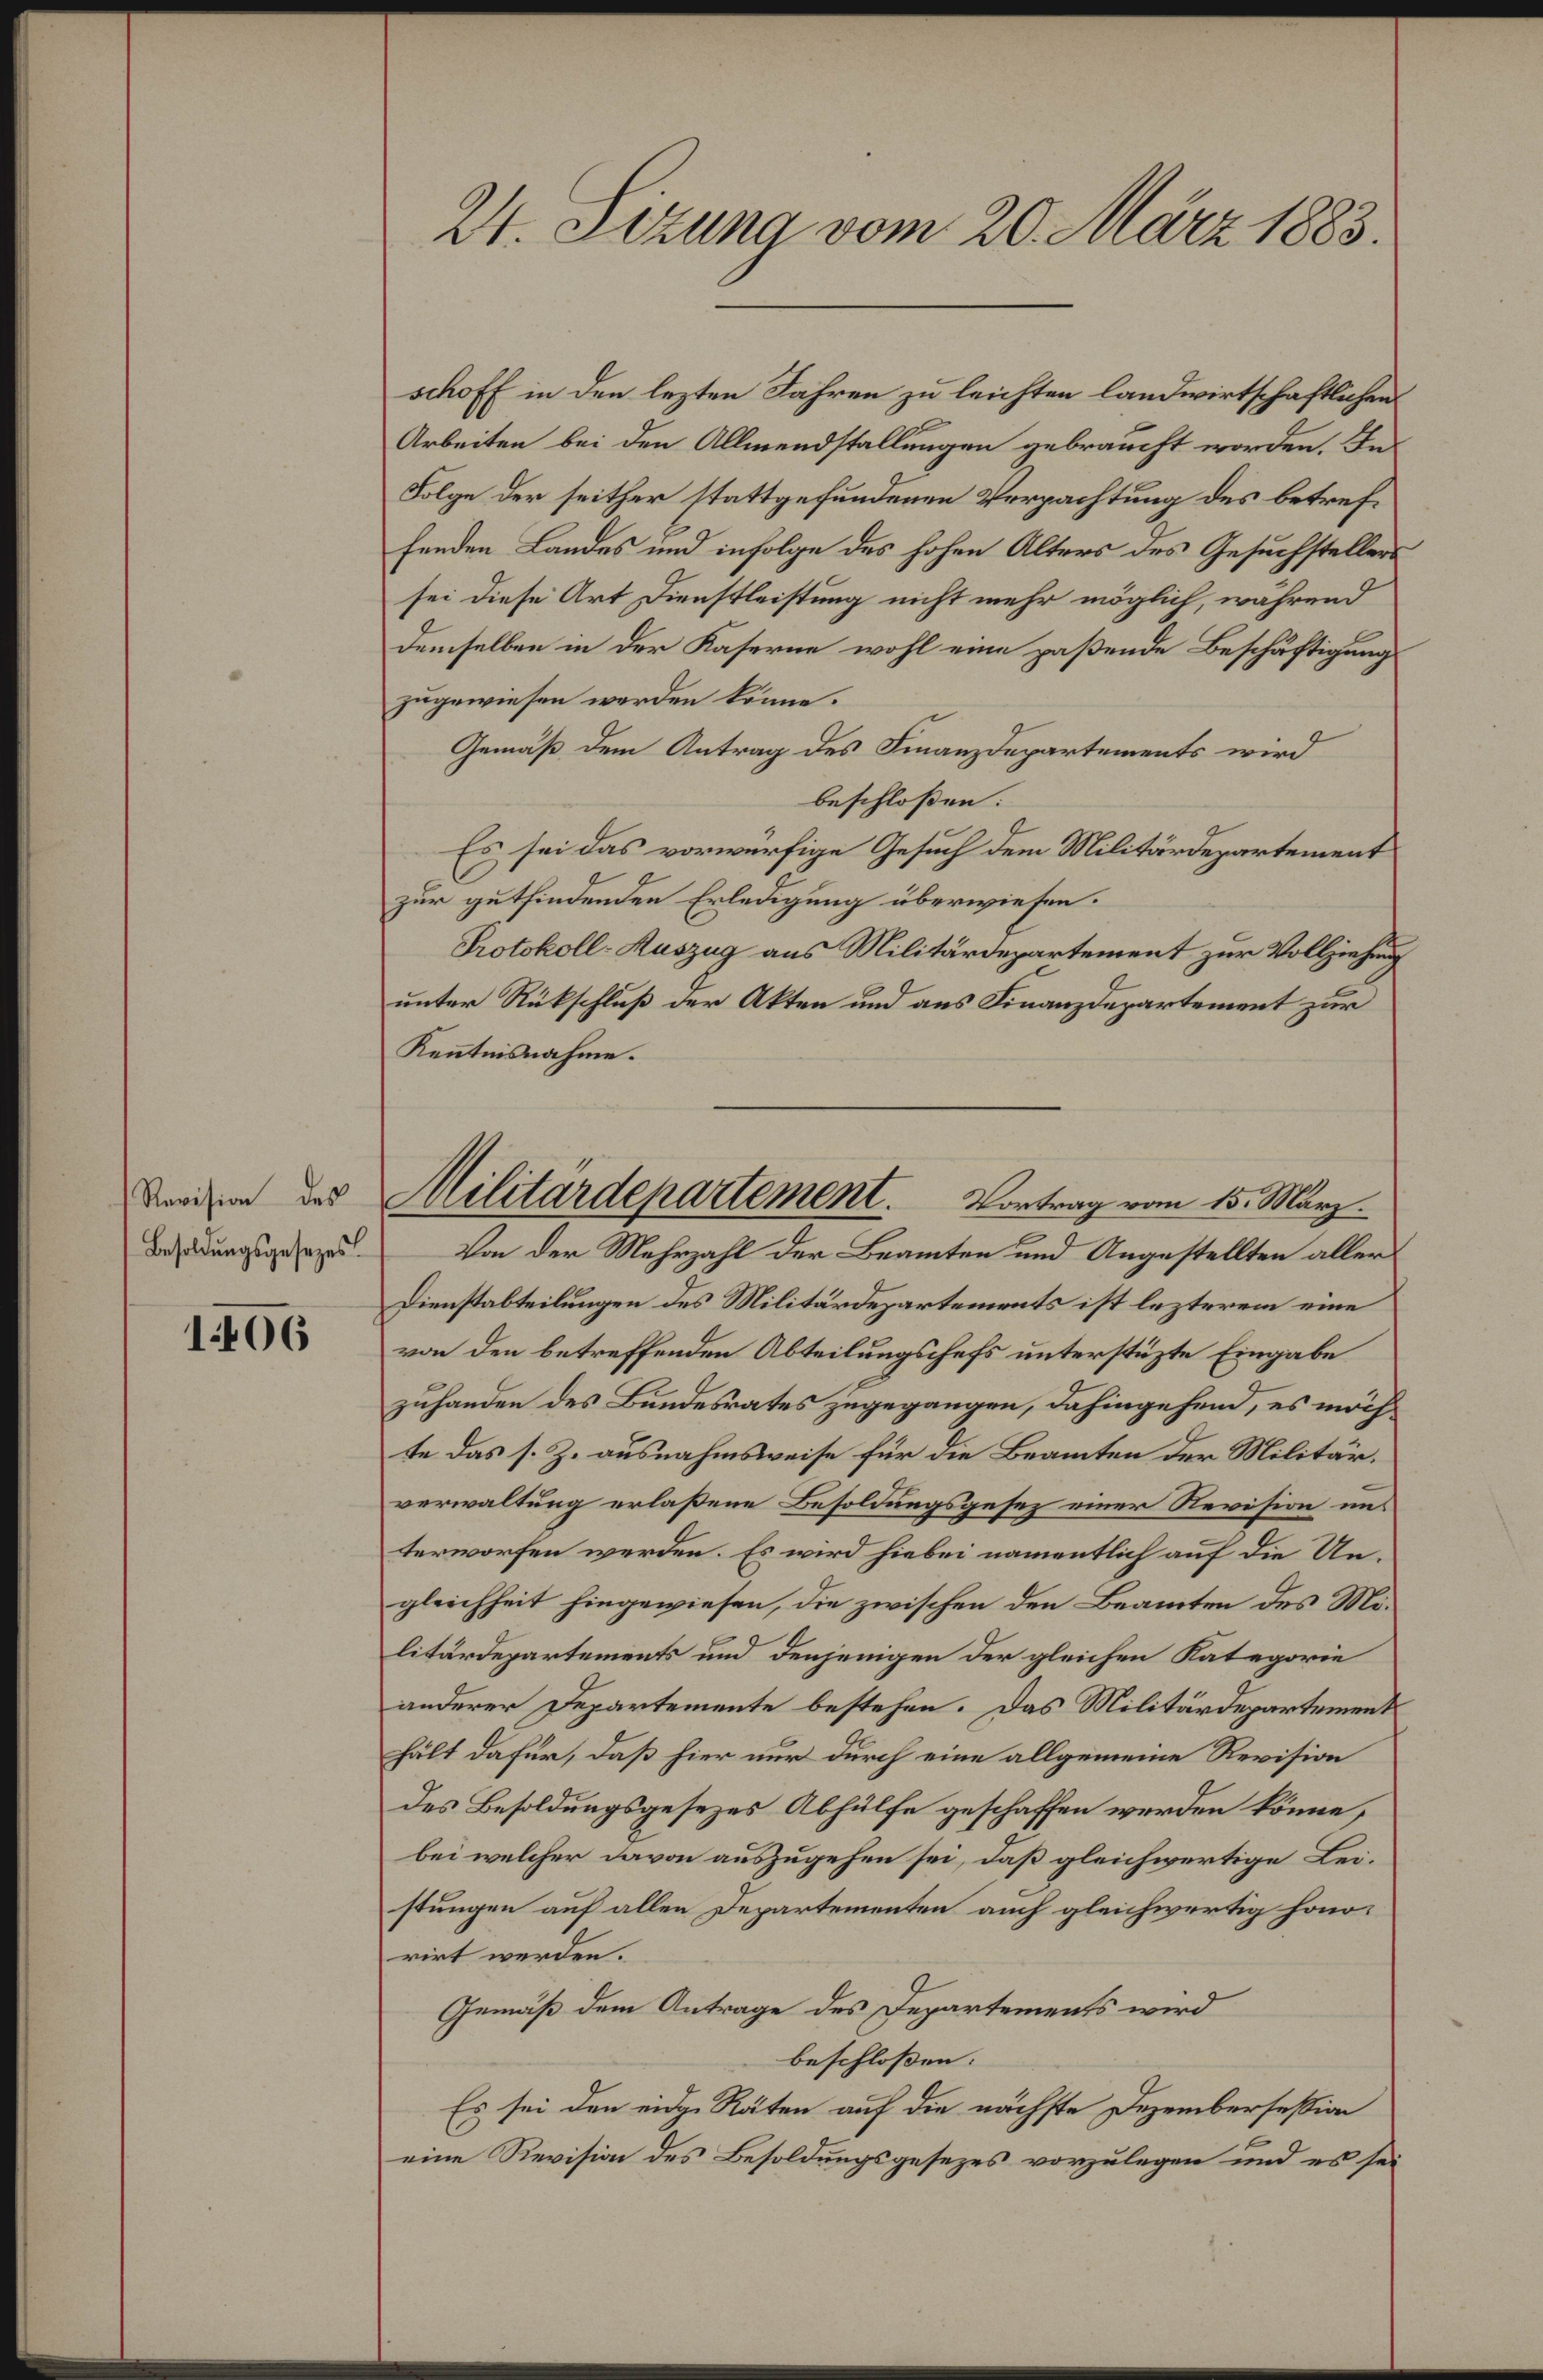
Revision des
Besoldungsgesezes

1406

2. Sitzung vom 20. März 1883.

schoff in den lezten Jahren zu leichten landwirtschaftlichen
Arbeiten bei den Allmendstallungen gebraucht worden. In
Folge der seither stattgefundenen Verpachtung des betreffenden Landes und infolge des hohen Alters des Gesuchstellers
sei diese Art Dienstleistung nicht mehr möglich, während
demselben in der Kaserne wohl eine paßende Beschäftigung
zugewiesen worden könne.
Gemäß dem Antrag des Finanzdepartements wird
beschloßen:
Es sei das vorwürfige Gesuch dem Militärdepartement
zur gutfindenden Erledigung überwiesen.
Protokoll-Auszug aus Militärdepartement zur Vollziehung
unter Rückschluß der Akten und aus Finanzdepartement zur
Kenntnisnahme.
Dienstabteilungen des Militärdepartements ist lezterem eine
von den betreffenden Abteilungschefs unterstüzte Eingabe
zuhanden des Bundesrates zugegangen, dahingehend, es möchte das s. Z. ausnahmsweise für die Beamten der Militär.
verwaltung erlaßene Besoldungsgesez einer Revision uns
terworfen werden. Es wird hiebei namentlich auf die Ungleichheit hingewiesen, die zwischen den Beamten des Molitärdepartements und denjenigen der gleichen Kategorie
anderer Departemente bestehen. Das Militärdepartement
hält dafür, daß hier nur durch eine allgemeine Revision
des Besoldungsgesezes Abhülfe geschaffen werden könne,
bei welcher davon auszugehen sei, daß gleichwertige Leistungen auf allen Departementen auch gleichwertig honorirt werden.
Gemäß dem Antrage des Departements wird
beschloßen:
Es sei den eidg. Räten auf die nächste Dezembersession
eine Revision des Besoldungsgesezes vorzulegen und es sei

Militärdepartement. Vortrag vom 15. März.
Von der Mehrzahl der Beamten und Angestellten aller